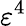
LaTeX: \varepsilon^{4}